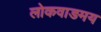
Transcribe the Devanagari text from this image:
लोकवाङमय